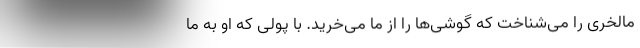
مالخری را می‌شناخت که گوشی‌ها را از ما می‌خرید. با پولی که او به ما